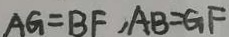
A G = B F , A B = G F